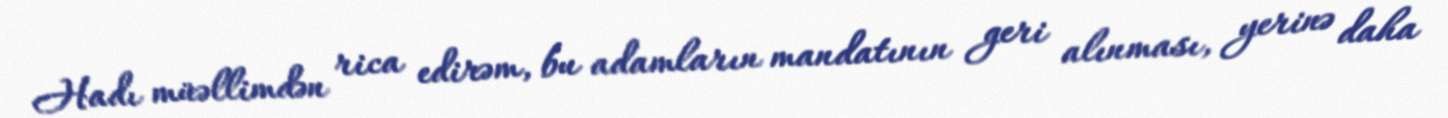
Hadı müəllimdən rica edirəm, bu adamların mandatının geri alınması, yerinə daha